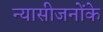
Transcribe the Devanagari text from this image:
न्यासीजनोंके